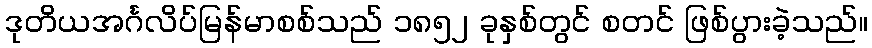
ဒုတိယအင်္ဂလိပ်မြန်မာစစ်သည် ၁၈၅၂ ခုနှစ်တွင် စတင် ဖြစ်ပွားခဲ့သည်။